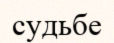
судьбе